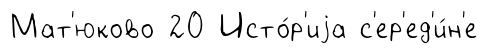
Мат'юково 20 Исто́р'иjа с'ер'ед'и́н'е